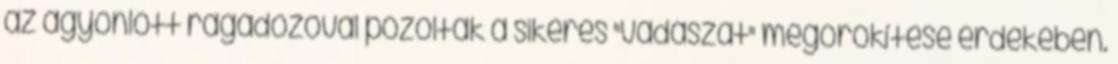
az agyonlőtt ragadozóval pózoltak a sikeres "vadászat" megörökítése érdekében.